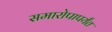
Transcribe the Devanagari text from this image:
समारोपापर्यंत